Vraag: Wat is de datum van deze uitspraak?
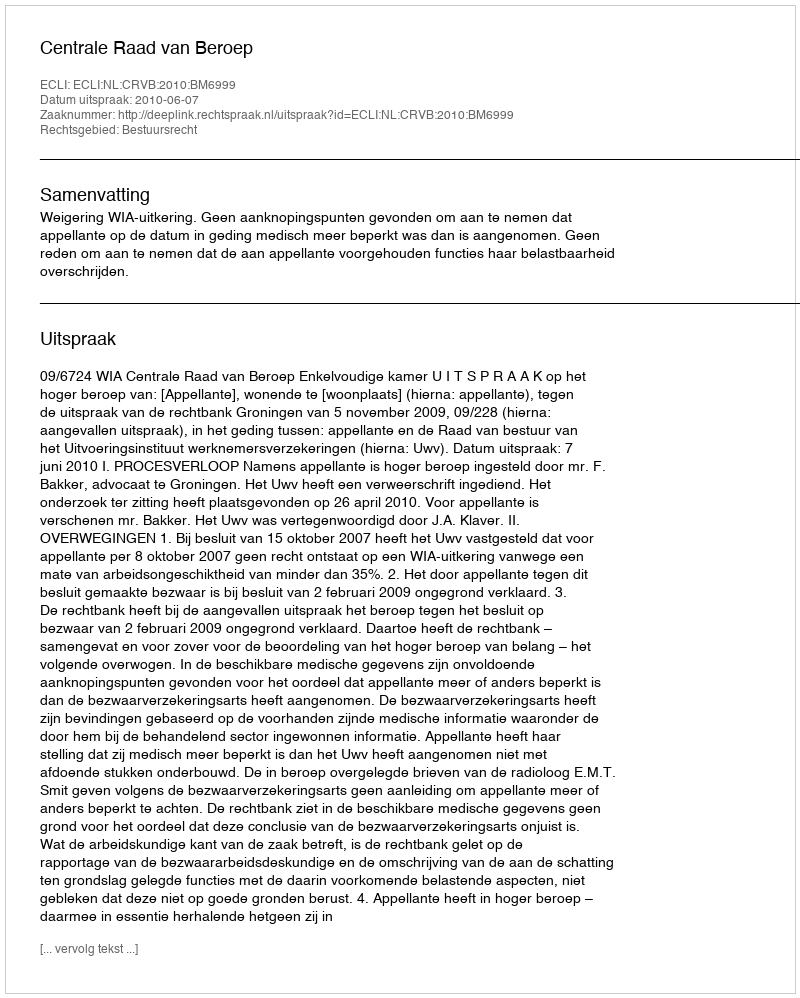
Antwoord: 2010-06-07